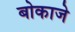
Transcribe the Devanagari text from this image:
बोकाजे